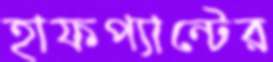
হাফপ্যান্টের